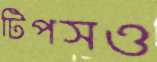
টিপসও